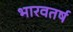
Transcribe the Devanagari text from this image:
भारवतर्ष